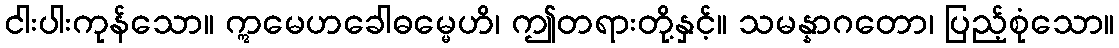
ငါးပါးကုန်သော။ ဣမေဟခေါဓမ္မေဟိ၊ ဤတရားတို့နှင့်။ သမန္နာဂတော၊ ပြည့်စုံသော။